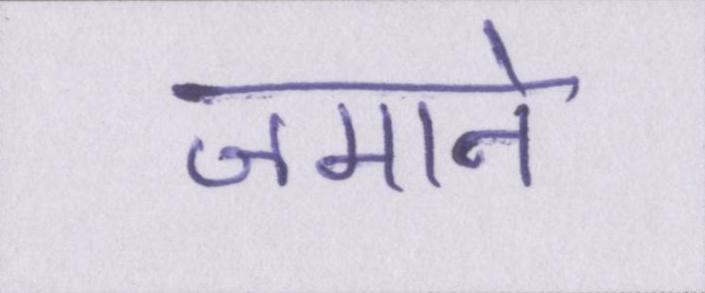
जमाने